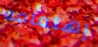
إهتمامه